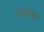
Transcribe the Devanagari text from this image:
धनापेक्षा